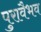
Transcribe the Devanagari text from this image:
पुरावैभव